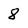
Character: 8